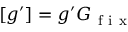
[ g ^ { \prime } ] = g ^ { \prime } G _ { \mathrm { ~ f ~ i ~ x ~ } }